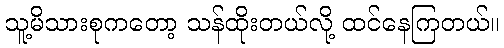
သူ့မိသားစုကတော့ သန်ထိုးတယ်လို့ ထင်နေကြတယ်။